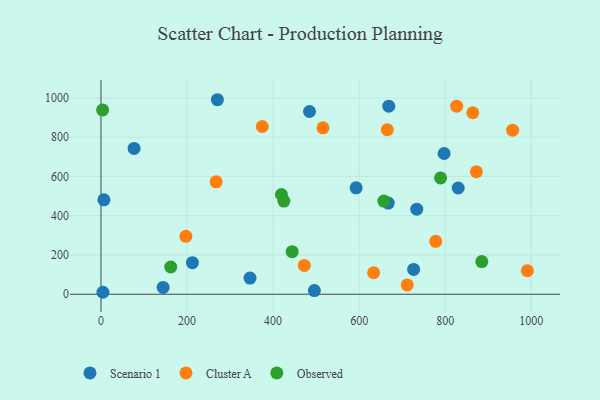
{"axis": {"x": "Experience", "y": "Rating"}, "legend": ["Cluster A", "Observed", "Scenario 1"], "data": [{"x": "733.8", "y": 433.0, "type": "Scenario 1"}, {"x": "726.5", "y": 126.5, "type": "Scenario 1"}, {"x": "6.8", "y": 480.9, "type": "Scenario 1"}, {"x": "76.9", "y": 742.5, "type": "Scenario 1"}, {"x": "495.9", "y": 18.5, "type": "Scenario 1"}, {"x": "144.4", "y": 34.6, "type": "Scenario 1"}, {"x": "484.6", "y": 930.7, "type": "Scenario 1"}, {"x": "830.1", "y": 541.0, "type": "Scenario 1"}, {"x": "667.5", "y": 464.3, "type": "Scenario 1"}, {"x": "668.8", "y": 957.8, "type": "Scenario 1"}, {"x": "270.5", "y": 990.7, "type": "Scenario 1"}, {"x": "346.3", "y": 82.1, "type": "Scenario 1"}, {"x": "4.5", "y": 9.9, "type": "Scenario 1"}, {"x": "797.4", "y": 716.8, "type": "Scenario 1"}, {"x": "212.5", "y": 160.5, "type": "Scenario 1"}, {"x": "593.0", "y": 541.7, "type": "Scenario 1"}, {"x": "826.6", "y": 957.8, "type": "Cluster A"}, {"x": "990.9", "y": 119.9, "type": "Cluster A"}, {"x": "711.6", "y": 47.4, "type": "Cluster A"}, {"x": "864.0", "y": 924.3, "type": "Cluster A"}, {"x": "197.2", "y": 295.0, "type": "Cluster A"}, {"x": "267.6", "y": 572.3, "type": "Cluster A"}, {"x": "633.6", "y": 109.3, "type": "Cluster A"}, {"x": "777.9", "y": 269.3, "type": "Cluster A"}, {"x": "515.9", "y": 847.4, "type": "Cluster A"}, {"x": "665.4", "y": 838.0, "type": "Cluster A"}, {"x": "872.4", "y": 623.9, "type": "Cluster A"}, {"x": "374.8", "y": 854.4, "type": "Cluster A"}, {"x": "472.5", "y": 146.6, "type": "Cluster A"}, {"x": "956.7", "y": 835.8, "type": "Cluster A"}, {"x": "3.8", "y": 938.7, "type": "Observed"}, {"x": "444.3", "y": 216.8, "type": "Observed"}, {"x": "425.0", "y": 474.3, "type": "Observed"}, {"x": "657.4", "y": 474.5, "type": "Observed"}, {"x": "419.3", "y": 508.0, "type": "Observed"}, {"x": "885.0", "y": 166.3, "type": "Observed"}, {"x": "789.2", "y": 592.4, "type": "Observed"}, {"x": "162.1", "y": 138.7, "type": "Observed"}]}